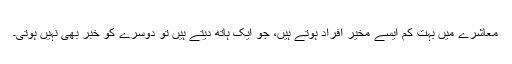
معاشرے میں بہت کم ایسے مخیر افراد ہوتے ہیں، جو ایک ہاتھ دیتے ہیں تو دوسرے کو خبر بھی نہیں ہوتی۔